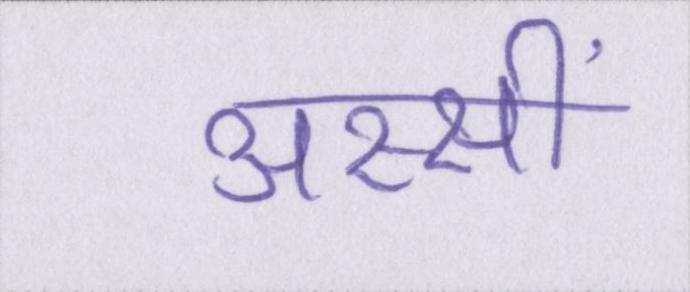
अस्सीं